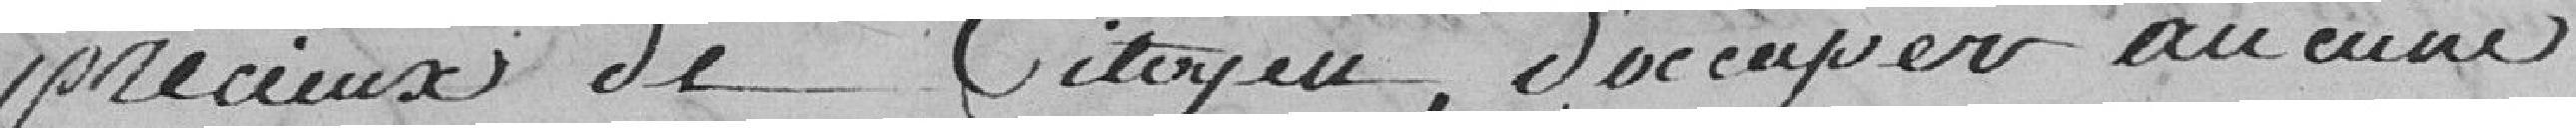
précieux de citoyen, d'occuper aucune